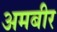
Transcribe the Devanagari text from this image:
अमबीर